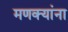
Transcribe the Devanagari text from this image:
मणक्यांना